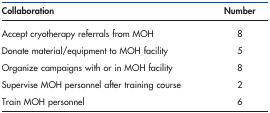
<table><thead><tr><td><b>Collaboration</b></td><td><b>Number</b></td></tr></thead><tbody><tr><td>Accept cryotherapy referrals from MOH</td><td>8</td></tr><tr><td>Donate material/equipment to MOH facility</td><td>5</td></tr><tr><td>Organize campaigns with or in MOH facility</td><td>8</td></tr><tr><td>Supervise MOH personnel after training course</td><td>2</td></tr><tr><td>Train MOH personnel</td><td>6</td></tr></tbody></table>